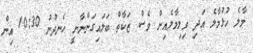
މާލެ ހުޅުމާލެ އަދި ވިލިމާލެއިން ވެސް ޒަކާތް ބަލައިގަންނާނީ ހެނދުނު 10:30 އިން